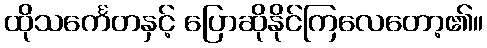
ထိုသင်္ကေတနှင့် ပြောဆိုနိုင်ကြလေတော့၏။